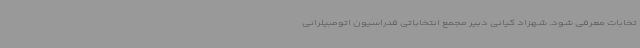
تخابات معرفی شود. شهزاد کیانی دبیر مجمع انتخاباتی فدراسیون اتومبیلرانی